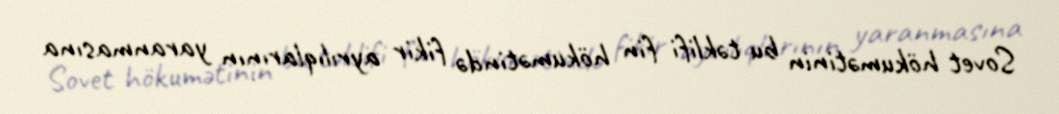
Sovet hökumətinin bu təklifi fin hökumətində fikir ayrılıqlarının yaranmasına